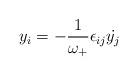
LaTeX: \begin{align*}y_i = - \frac{1}{\omega _+}\epsilon_{ij}{\dot{y_j}}\end{align*}